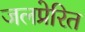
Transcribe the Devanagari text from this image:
जलप्रेरित